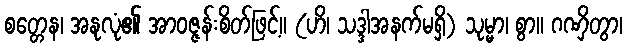
စတ္တေန၊ အနုလုံ၏ အာဝဇ္ဇန်းစိတ်ဖြင့်။ (ဟိ၊ သဒ္ဒါအနက်မရှိ) သုမ္မာ၊ စွာ။ ဂဏှိတွာ၊